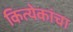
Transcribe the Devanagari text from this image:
कित्येकांचा